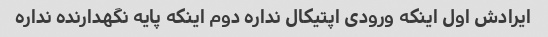
ایرادش اول اینکه ورودی اپتیکال نداره دوم اینکه پایه نگهدارنده نداره